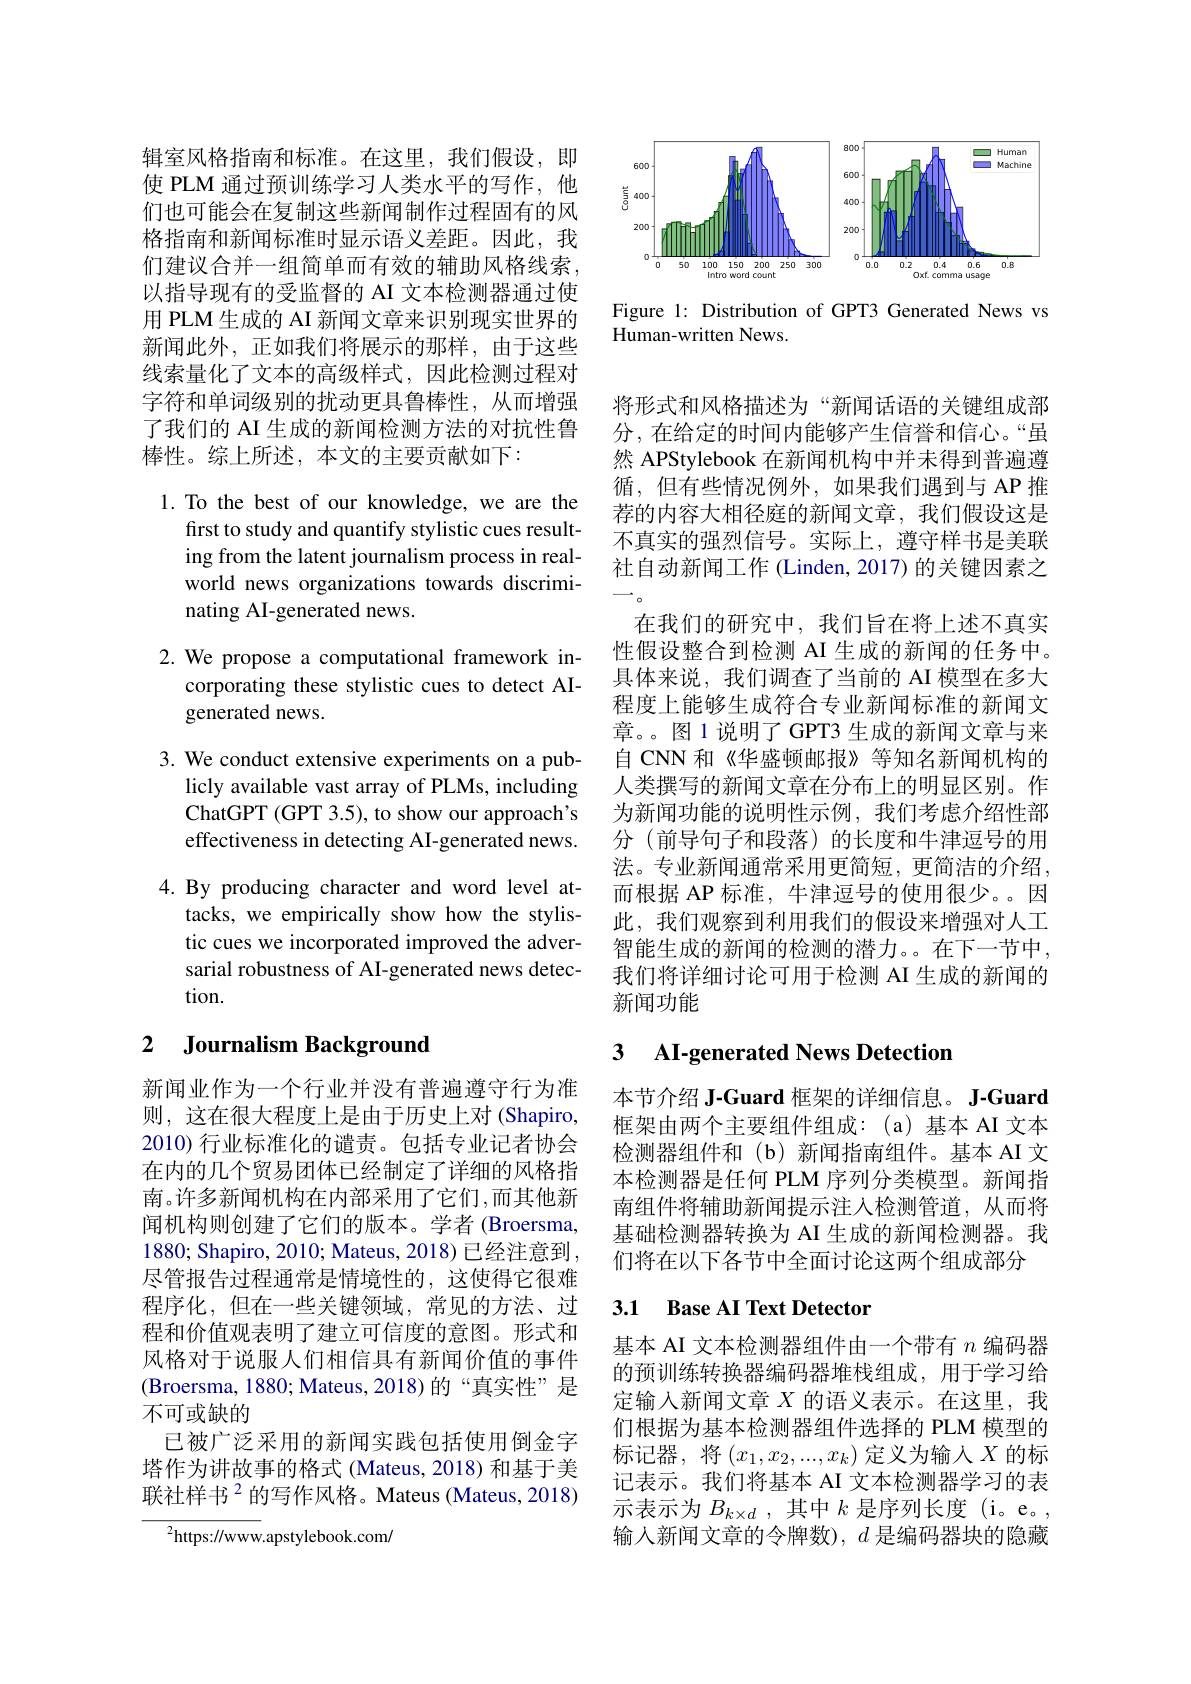
辑室风格指南和标准。在这里，我们假设，即使 PLM 通过预训练学习人类水平的写作，他们也可能会在复制这些新闻制作过程固有的风格指南和新闻标准时显示语义差距。因此，我们建议合并一组简单而有效的辅助风格线索， 以指导现有的受监督的 AI 文本检测器通过使用 PLM 生成的 AI 新闻文章来识别现实世界的新闻此外，正如我们将展示的那样，由于这些线索量化了文本的高级样式，因此检测过程对字符和单词级别的扰动更具鲁棒性，从而增强了我们的 AI 生成的新闻检测方法的对抗性鲁棒性。综上所述，本文的主要贡献如下：

1. To the best of our knowledge, we are the
first to study and quantify stylistic cues resulting from the latent journalism process in realworld news organizations towards discriminating AI-generated news.

2. We propose a computational framework in-
corporating these stylistic cues to detect AI-
generated news.

3. We conduct extensive experiments on a pub-
licly available vast array of PLMs, including ChatGPT (GPT 3.5), to show our approach's effectiveness in detecting AI-generated news.

4.By producing character and word level at-
tacks, we empirically show how the stylistic cues we incorporated improved the adversarial robustness of AI-generated news detection.

## 2 $\textbf{Journalism Background}$

新闻业作为一个行业并没有普遍遵守行为准则，这在很大程度上是由于历史上对(Shapiro, 2010) 行业标准化的谴责。包括专业记者协会在内的几个贸易团体已经制定了详细的风格指南。许多新闻机构在内部采用了它们，而其他新闻机构则创建了它们的版本。学者 (Broersma, 1880; Shapiro, 2010; Mateus, 2018) 已经注意到， 尽管报告过程通常是情境性的，这使得它很难程序化，但在一些关键领域，常见的方法、过程和价值观表明了建立可信度的意图。形式和风格对于说服人们相信具有新闻价值的事件(Broersma, 1880; Mateus, 2018)的“真实性”是不可或缺的
已被广泛采用的新闻实践包括使用倒金字塔作为讲故事的格式 (Mateus, 2018) 和基于美联社样书$^{2}$的写作风格。Mateus(Mateus,2018)

$^{2}$https://www.apstylebook.com/

<FigureHere>

Figure 1: Distribution of GPT3 Generated News vs
Human-written News.

将形式和风格描述为“新闻话语的关键组成部分，在给定的时间内能够产生信誉和信心。“虽然 APStylebook 在新闻机构中并未得到普遍遵循，但有些情况例外，如果我们遇到与 AP 推荐的内容大相径庭的新闻文章，我们假设这是不真实的强烈信号。实际上，遵守样书是美联社自动新闻工作 (Linden, 2017) 的关键因素之$\longrightarrow_{0}$
在我们的研究中，我们旨在将上述不真实性假设整合到检测 AI 生成的新闻的任务中。具体来说，我们调查了当前的 AI 模型在多大程度上能够生成符合专业新闻标准的新闻文章。。图1说明了GPT3 生成的新闻文章与来自 CNN 和《华盛顿邮报》等知名新闻机构的人类撰写的新闻文章在分布上的明显区别。作为新闻功能的说明性示例，我们考虑介绍性部分 (前导句子和段落)的长度和牛津逗号的用法。专业新闻通常采用更简短，更简洁的介绍， 而根据 AP 标准，牛津逗号的使用很少。因此，我们观察到利用我们的假设来增强对人工智能生成的新闻的检测的潜力。。在下一节中， 我们将详细讨论可用于检测 AI 生成的新闻的新闻功能

## 3 AI-generated News Detectior

本节介绍 J-Guard 框架的详细信息。J-Guard 框架由两个主要组件组成：(a)基本 AI 文本检测器组件和(b)新闻指南组件。基本 AI 文本检测器是任何 PLM 序列分类模型。新闻指南组件将辅助新闻提示注人检测管道，从而将基础检测器转换为 AI 生成的新闻检测器。我们将在以下各节中全面讨论这两个组成部分

## 3.1 Base AI Text Detector

基本 AI 文本检测器组件由一个带有$n$编码器的预训练转换器编码器堆栈组成，用于学习给定输入新闻文章$X$的语义表示。在这里，我们根据为基本检测器组件选择的 PLM 模型的标记器，将$\left(x_1,x_2,...,x_k\right)$定义为输入$X$的标记表示。我们将基本 AI 文本检测器学习的表示表示为$B_{k\times d}$ ,其中$k$是序列长度 (i。e。, 输入新闻文章的令牌数), $d$是编码器块的隐藏